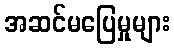
အဆင်မပြေမှုများ